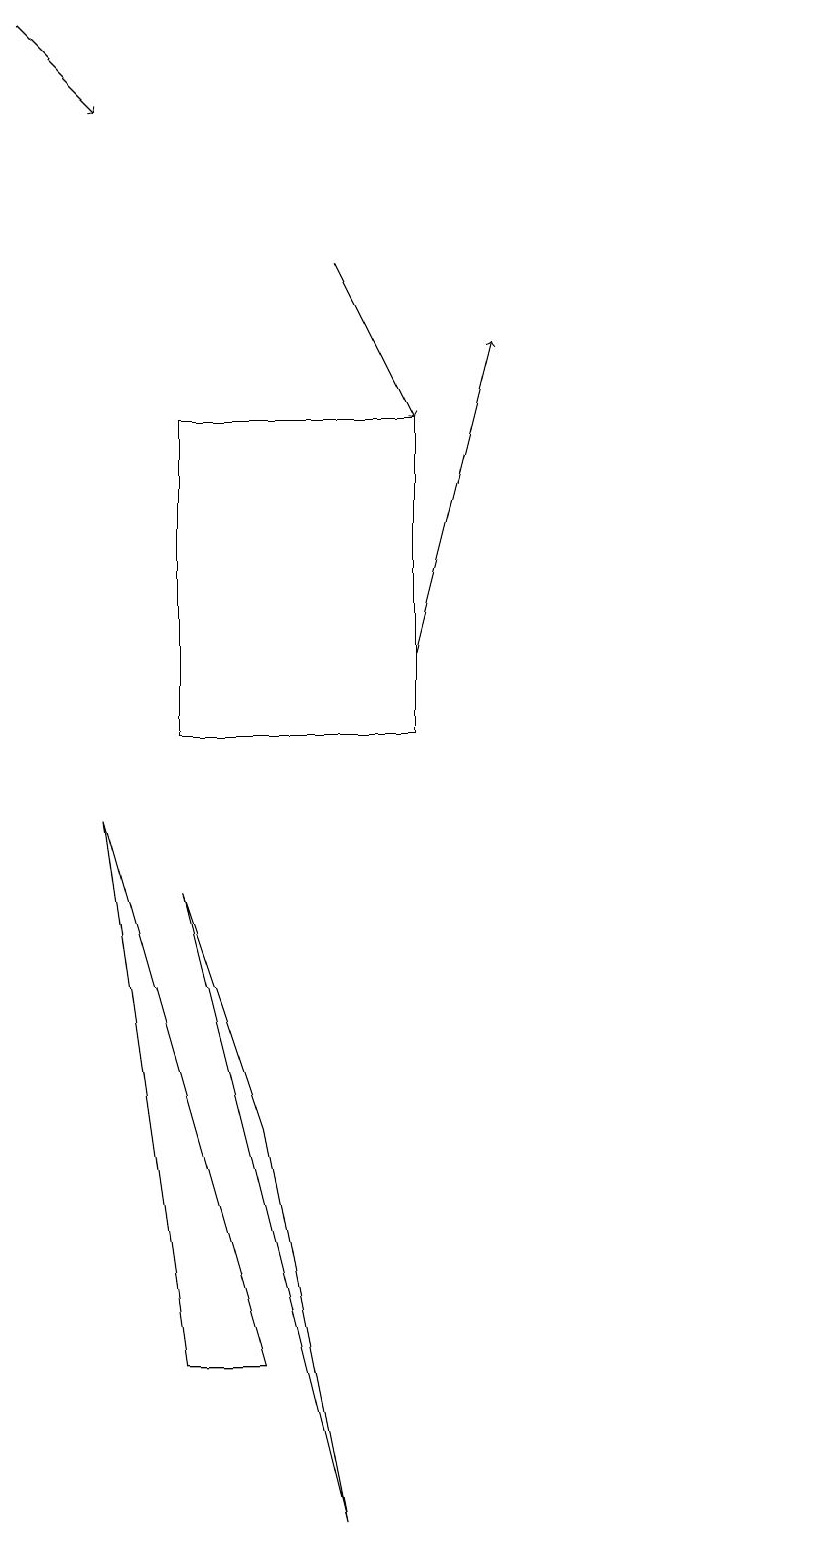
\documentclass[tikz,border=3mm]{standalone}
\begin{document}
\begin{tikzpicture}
\draw[->] (6,11) -- (7,15);
\draw (3,2) -- (2,9) -- (4,2) -- cycle;
\draw[->] (1,19) -- (2,18);
\draw (4,5) -- (3,8) -- (5,0) -- cycle;
\draw[->] (5,16) -- (6,14);
\draw (11,11) circle (0);
\draw (6,14) rectangle (3,10);
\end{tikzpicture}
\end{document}